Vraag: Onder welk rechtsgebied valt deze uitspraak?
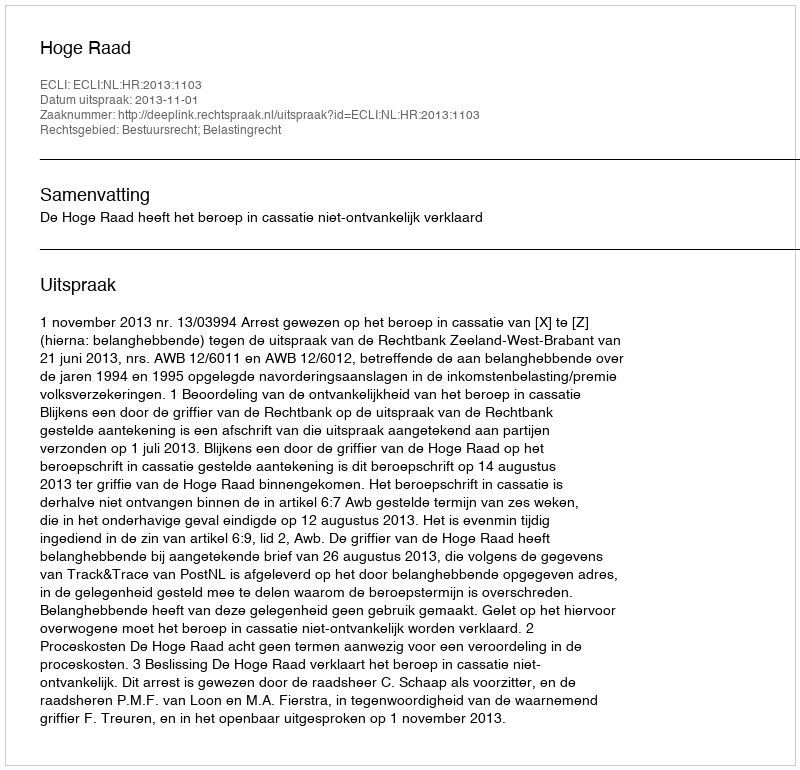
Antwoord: Bestuursrecht; Belastingrecht